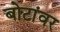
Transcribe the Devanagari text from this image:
बोटांवर